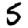
Digit: 5